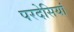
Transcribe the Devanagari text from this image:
परदेसियां